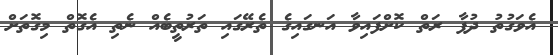
އެވަގުތު ދުފާ ރަތް ކޮށްފައިވާ އަނގައިގެ ތެރޭގައި ތަރުތީބެއް ނެތި އެގޮތް މިގޮތަށް